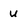
Character: U